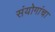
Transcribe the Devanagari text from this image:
संयोगांचा